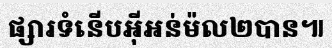
ផ្សារទំនើបអ៊ីអន់ម៉ល២បាន៕